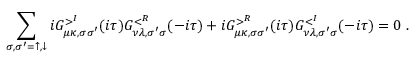
\sum _ { \sigma , \sigma ^ { \prime } = \uparrow , \downarrow } i G _ { \mu \kappa , \sigma \sigma ^ { \prime } } ^ { > ^ { I } } ( i \tau ) G _ { \nu \lambda , \sigma ^ { \prime } \sigma } ^ { < ^ { R } } ( - i \tau ) + i G _ { \mu \kappa , \sigma \sigma ^ { \prime } } ^ { > ^ { R } } ( i \tau ) G _ { \nu \lambda , \sigma ^ { \prime } \sigma } ^ { < ^ { I } } ( - i \tau ) = 0 \; .